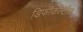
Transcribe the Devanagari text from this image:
डिफीकल्टीज